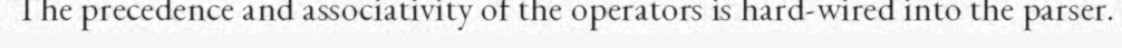
The precedence and associativity of the operators is hard-wired into the parser.